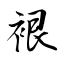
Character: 裉